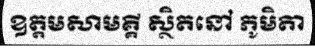
ឧត្តមសាមគ្គី ស្ថិតនៅ ភូមិតា